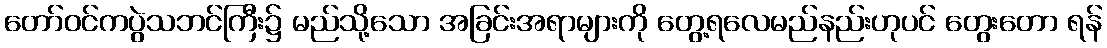
တော်ဝင်ကပွဲသဘင်ကြီး၌ မည်သို့သော အခြင်းအရာများကို တွေ့ရလေမည်နည်းဟုပင် တွေးတော ရန်